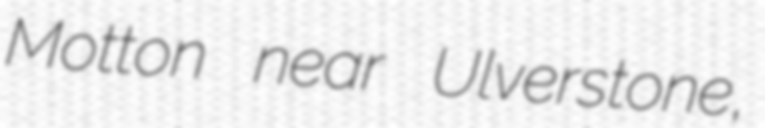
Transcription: Motton near Ulverstone,